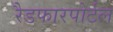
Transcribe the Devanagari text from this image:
रैडफारपोर्टल